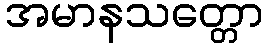
အမာနသတ္တော